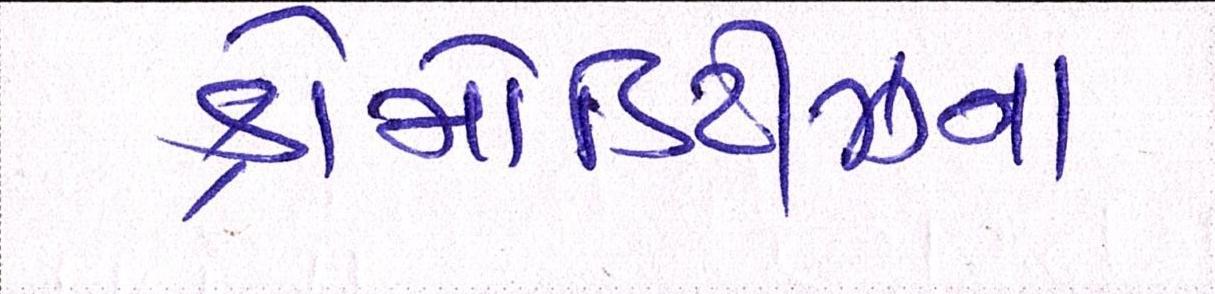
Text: કોમોડિટીઝના